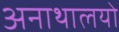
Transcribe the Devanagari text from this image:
अनाथालयो